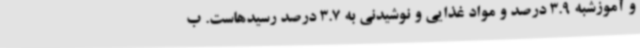
و آموزشبه 3.9 درصد و مواد غذایی و نوشیدنی به 3.7 درصد رسیدهاست. ب